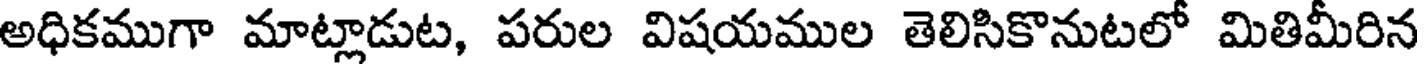
అధికముగా మాట్లాడుట, పరుల విషయముల తెలిసికొనుటలో మితిమీరిన